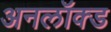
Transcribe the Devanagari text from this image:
अनलॉक्ड